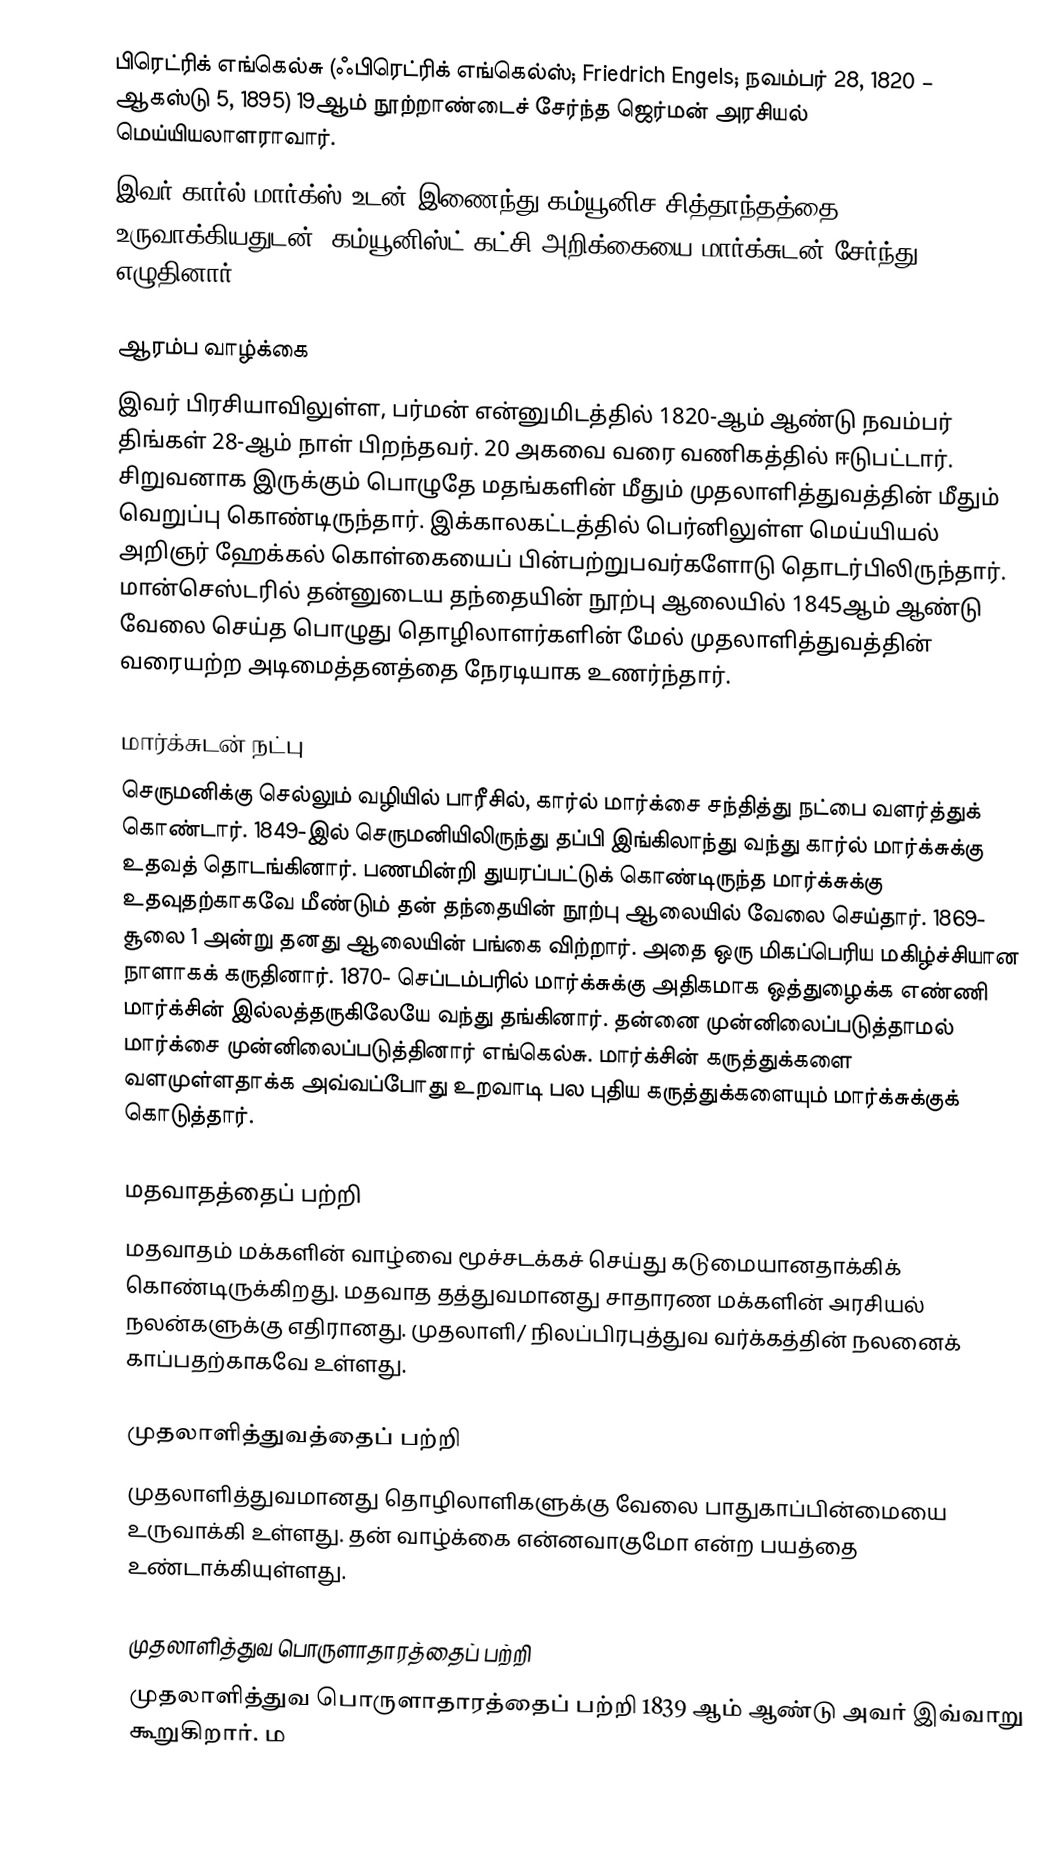
பிரெட்ரிக் எங்கெல்சு (ஃபிரெட்ரிக் எங்கெல்ஸ்; Friedrich Engels; நவம்பர் 28, 1820 – ஆகஸ்டு 5, 1895) 19ஆம் நூற்றாண்டைச் சேர்ந்த ஜெர்மன் அரசியல் மெய்யியலாளராவார்.
இவர் கார்ல் மார்க்ஸ் உடன் இணைந்து கம்யூனிச சித்தாந்தத்தை உருவாக்கியதுடன், கம்யூனிஸ்ட் கட்சி அறிக்கையை மார்க்சுடன் சேர்ந்து எழுதினார்.

ஆரம்ப வாழ்க்கை
இவர் பிரசியாவிலுள்ள, பர்மன் என்னுமிடத்தில் 1820-ஆம் ஆண்டு நவம்பர் திங்கள் 28-ஆம் நாள் பிறந்தவர். 20 அகவை வரை வணிகத்தில் ஈடுபட்டார். சிறுவனாக இருக்கும் பொழுதே மதங்களின் மீதும் முதலாளித்துவத்தின் மீதும் வெறுப்பு கொண்டிருந்தார். இக்காலகட்டத்தில் பெர்னிலுள்ள மெய்யியல் அறிஞர் ஹேக்கல் கொள்கையைப் பின்பற்றுபவர்களோடு தொடர்பிலிருந்தார். மான்செஸ்டரில் தன்னுடைய தந்தையின் நூற்பு ஆலையில் 1845ஆம் ஆண்டு வேலை செய்த பொழுது தொழிலாளர்களின் மேல் முதலாளித்துவத்தின் வரையற்ற அடிமைத்தனத்தை நேரடியாக உணர்ந்தார்.

மார்க்சுடன் நட்பு
செருமனிக்கு செல்லும் வழியில் பாரீசில், கார்ல் மார்க்சை சந்தித்து நட்பை வளர்த்துக் கொண்டார். 1849-இல் செருமனியிலிருந்து தப்பி இங்கிலாந்து வந்து கார்ல் மார்க்சுக்கு உதவத் தொடங்கினார். பணமின்றி துயரப்பட்டுக் கொண்டிருந்த மார்க்சுக்கு உதவுதற்காகவே மீண்டும் தன் தந்தையின் நூற்பு ஆலையில் வேலை செய்தார். 1869- சூலை 1 அன்று தனது ஆலையின் பங்கை விற்றார். அதை ஒரு மிகப்பெரிய மகிழ்ச்சியான நாளாகக் கருதினார். 1870- செப்டம்பரில் மார்க்சுக்கு அதிகமாக ஒத்துழைக்க எண்ணி மார்க்சின் இல்லத்தருகிலேயே வந்து தங்கினார். தன்னை முன்னிலைப்படுத்தாமல் மார்க்சை முன்னிலைப்படுத்தினார் எங்கெல்சு. மார்க்சின் கருத்துக்களை வளமுள்ளதாக்க அவ்வப்போது உறவாடி பல புதிய கருத்துக்களையும் மார்க்சுக்குக் கொடுத்தார்.

மதவாதத்தைப் பற்றி
மதவாதம் மக்களின் வாழ்வை மூச்சடக்கச் செய்து கடுமையானதாக்கிக் கொண்டிருக்கிறது. மதவாத தத்துவமானது சாதாரண மக்களின் அரசியல் நலன்களுக்கு எதிரானது. முதலாளி/ நிலப்பிரபுத்துவ வர்க்கத்தின் நலனைக் காப்பதற்காகவே உள்ளது.

முதலாளித்துவத்தைப் பற்றி
முதலாளித்துவமானது தொழிலாளிகளுக்கு வேலை பாதுகாப்பின்மையை உருவாக்கி உள்ளது. தன் வாழ்‌க்கை என்னவாகுமோ என்ற பயத்தை உண்டாக்கியுள்ளது.

முதலாளித்துவ பொருளாதாரத்தைப் பற்றி
முதலாளித்துவ பொருளாதாரத்தைப் பற்றி 1839 ஆம் ஆண்டு அவர் இவ்வாறு கூறுகிறார். ம